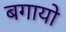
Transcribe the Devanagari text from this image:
बगायो